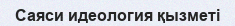
Саяси идеология қызметі